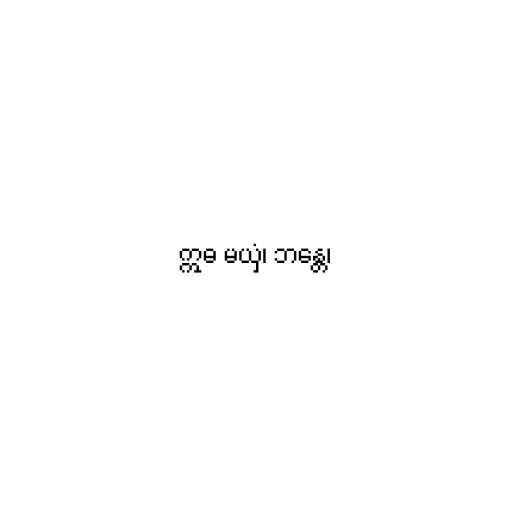
ဣဓ မယှံ၊ ဘန္တေ၊